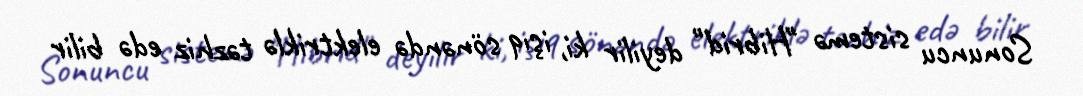
Sonuncu sistemə "Hibrid" deyilir ki, işıq sönəndə elektriklə təzhiz edə bilir